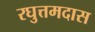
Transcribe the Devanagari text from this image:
रघुत्तमदास